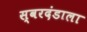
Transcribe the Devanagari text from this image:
स्वरदंडाला